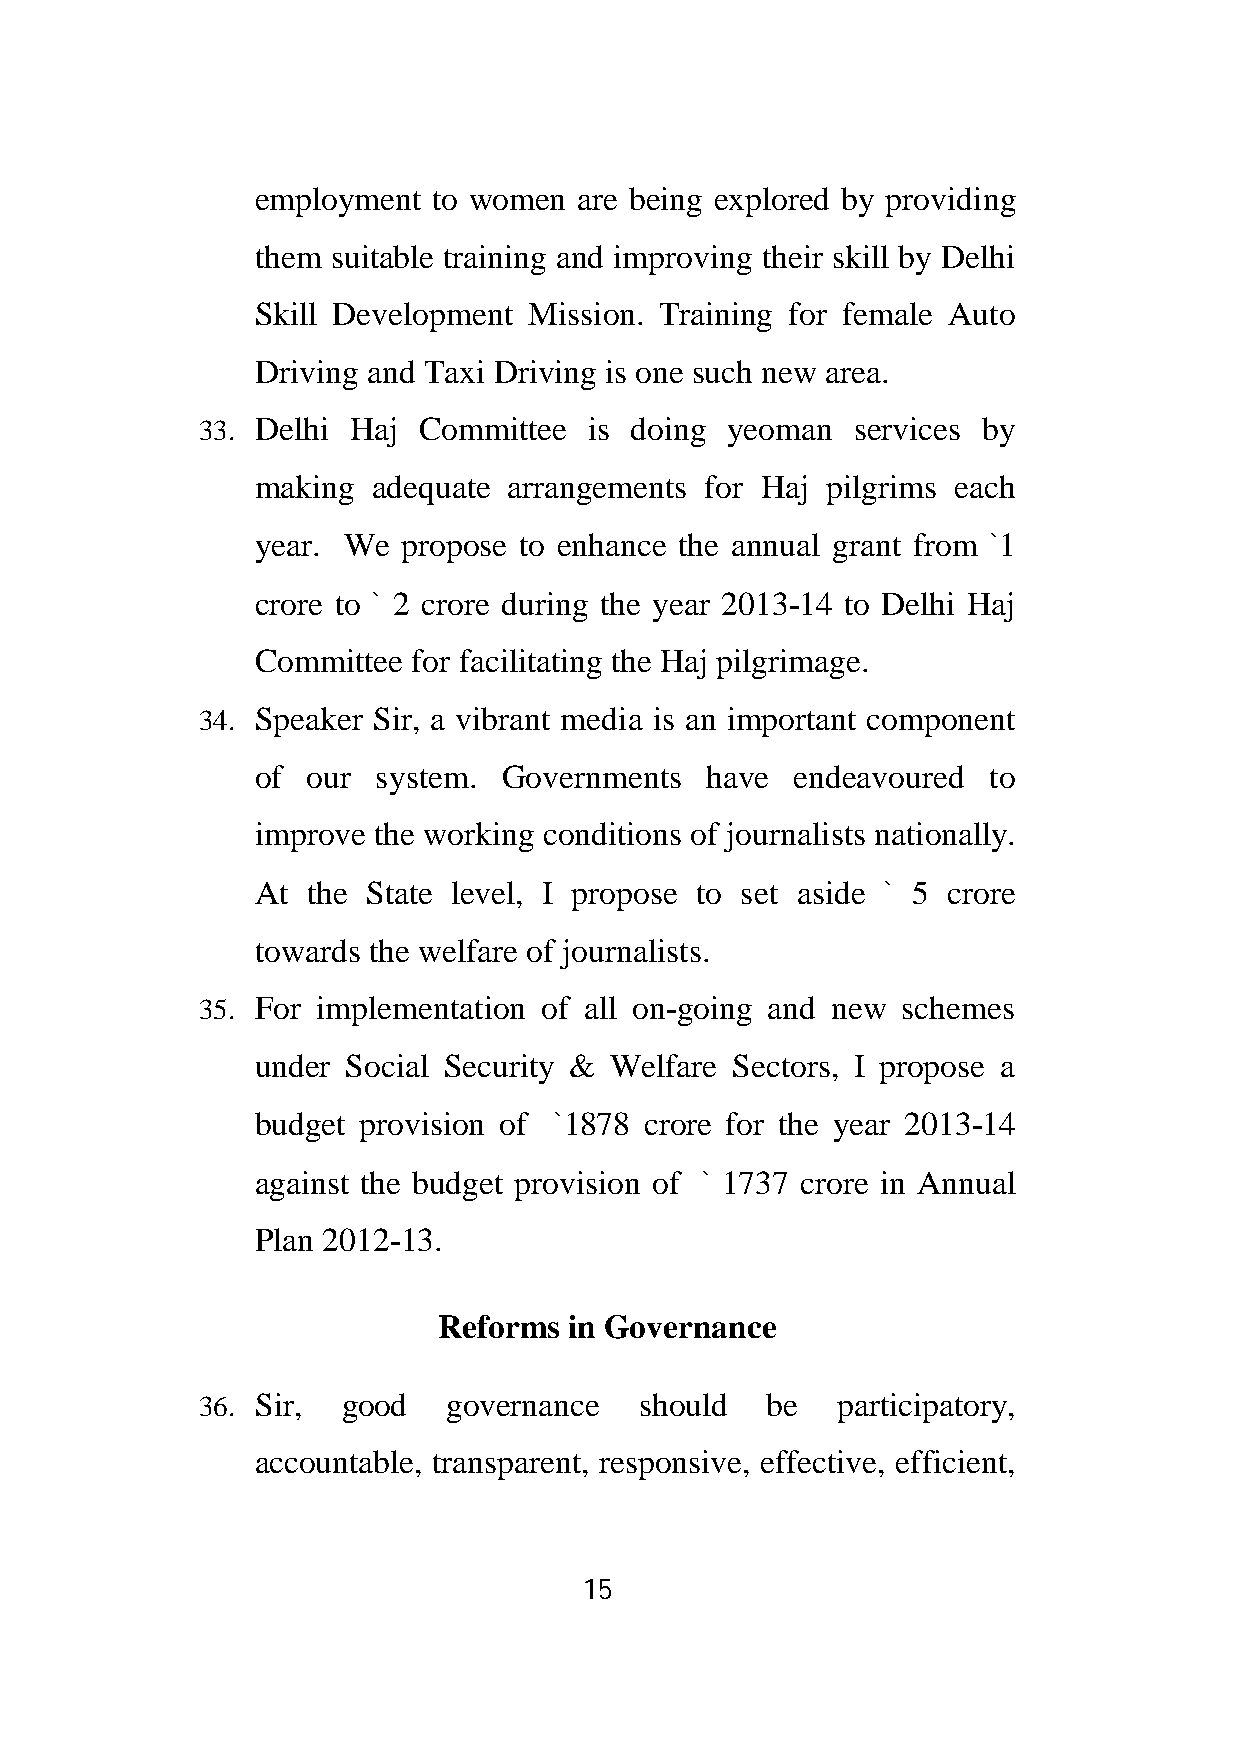
employment  to women are being explored by providing
 them suitable training and improving their skill by Delhi
 Skill Development Mission. Training for female Auto
 Driving and Taxi Driving is one such new area.
 33. Delhi Haj  Committee  is doing yeoman   services by
 making  adequate arrangements for Haj pilgrims each
 year. We  propose to enhance the annual grant from `1
 crore to ` 2 crore during the year 2013-14 to Delhi Haj
 Committee for facilitating the Haj pilgrimage.
 34. Speaker Sir, a vibrant media is an important component
 of our  system. Governments   have  endeavoured to
 improve the working conditions of journalists nationally.
 At the State level, I propose to set aside ` 5 crore
 towards the welfare of journalists.
 35. For implementation of all on-going and new schemes
 under Social Security & Welfare Sectors, I propose a
 budget provision of `1878 crore for the year 2013-14
 against the budget provision of ` 1737 crore in Annual
 Plan 2012-13.
 Reforms  in Governance
 36. Sir,  good   governance  should   be  participatory,
 accountable, transparent, responsive, effective, efficient,
 15